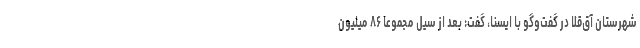
شهرستان آق‌قلا در گفت‌وگو با ایسنا، گفت: بعد از سیل مجموعاً ۸۶ میلیون